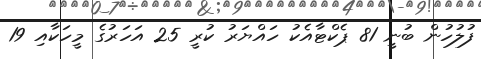
ފުލުހުން ބުނީ 81 ޕެކްޓާއެކު ހައްޔަރު ކުރީ 25 އަހަރުގެ މީހަކާއި 19